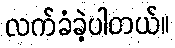
လက်ခံခဲ့ပါတယ်။